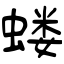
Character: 蝼